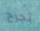
تجرح